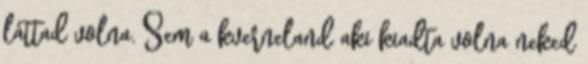
láttad volna. Sem a kverneland aki kiadta volna neked